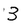
Character: 3